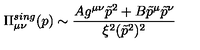
\Pi _ { \mu \nu } ^ { s i n g } ( p ) \sim \frac { A g ^ { \mu \nu } \tilde { p } ^ { 2 } + B \tilde { p } ^ { \mu } \tilde { p } ^ { \nu } } { \xi ^ { 2 } ( \tilde { p } ^ { 2 } ) ^ { 2 } }